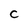
Character: C